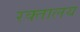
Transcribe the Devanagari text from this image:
रक्तालय